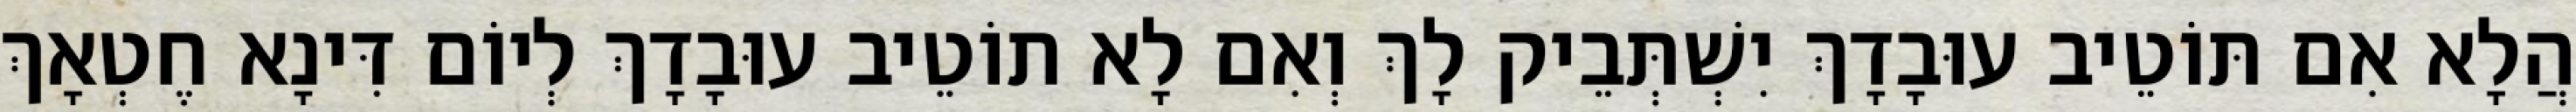
הֲלָא אִם תּוֹטֵיב עוּבָדָךְ יִשְׁתְּבֵיק לָךְ וְאִם לָא תוֹטֵיב עוּבָדָךְ לְיוֹם דִּינָא חֶטְאָךְ